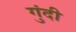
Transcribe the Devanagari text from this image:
गुंदी